Annual report on the lock hospitals of the Madras Presidency
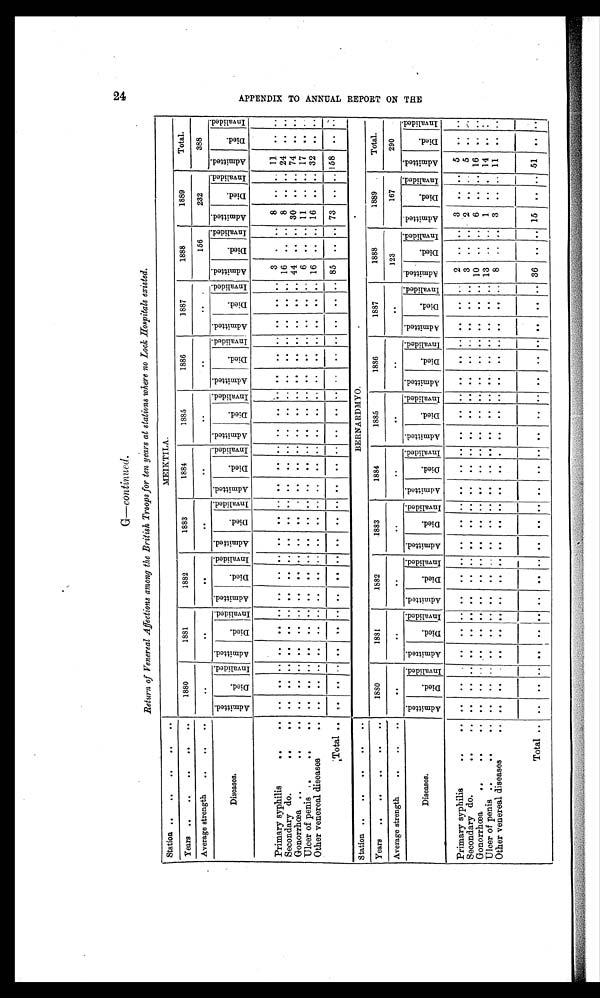
G—continued.
Return of Venereal Affections among the British Troops for ten years at stations where no Lock Hospitals existed.
Station . .
. .
. .
. .
. .
MEIKTILA.
Years
. .
. .
. .
. .
. .
1880
1881
1882
1883
1884
1885
1886
1 8 8 7
1888
1889
Total.
Average strength
. .
. .
. .
. .
. .
. .
. .
. .
. .
. .
..
156
232
388
Diseases.
Admi t t ed.
D i e d .
I nval i ded. Admi t t ed.
Di ed.
I n v a l i d e d . A d m i t t e d .
D i e d .
I n v a l i d e d .
A d m i t t e d .
D i e d .
I nval i ded. Admi t t ed.
Di ed.
I n v a l i d e d . A d m i t t e d .
D i e d
I nval i ded.
Admitted.
D i e d .
I n v a l i d e d .
A d m i t t e d .
D i e d .
I n v a l i d e d . A d m i t t e d
Di ed.
i nval i ded. Ad mi t t e d .
D i e d .
I nval i ded. A d m i t t e d .
D i e d .
I n v a l i d e d .
P r i m a r y s y p h i l i s
..
. .
. .
. . ..
. .
..
..
. .
. . ..
. .
.. ..
. .
. . ..
..
..
..
..
..
..
. .
..
..
3
. ..
8
. . ..
11
. .
. .
Secondary do.
..
. .
. .
. . ..
. .
..
..
. .
..
..
. .
. .
..
..
..
..
..
..
..
..
..
..
. .
..
..
1 6
. . ..
8
. . ..
24
. .
. .
Gonorrhœa
..
..
. .
. .
. . ..
. .
. . ..
. .
. . ..
. .
..
. .
. .
. . ..
. .
. .
. . ..
. . ..
. .
. . ..
44
.. ..
30
. . .. 74
..
..
Ulcer of penis
. . . .
..
..
..
..
. .
..
..
. .
..
..
. .
. . ..
..
..
..
..
..
..
..
..
..
. .
..
6
. . ..
11
. . ..
17
. .
. .
Other venereal diseases
. .
. .
. . ..
..
..
..
. .
..
..
. .
„
..
..
..
..
. .
„
..
..
. .
..
. . .
..
..
16
. . ..
16
. . ..
32
. .
. .
Total
. .
. .
. . .. ..
. . ..
. .
. . ..
. .
.. .. ..
..
..
. .
. . ..
..
. .
..
. .
. .
. . 85
. . ..
73
. . .. 158
. .
. .
Station
. .
. .
..
. .
. .
. .
BERNARDMYO.
Years
. .
. .
..
. .
. .
. .
1880
1881
1882
1883
1884
1885
1886
1887
1888
1889
Total.
Average strength
. .
. .
. .
. .
. .
. .
. .
. .
. .
. .
. .
123
167
290
Diseases.
Admi t t ed.
D i e d .
I n v a l i d e d .
Admi t t ed.
D i e d .
I n v a l i d e d .
Admi t t ed.
Di ed.
I n v a l i d e d .
A d m i t t e d .
D i e d .
I n v a l i d e d . Admi t t ed.
Di ed.
I n v a l i d e d .
A d m i t t e d .
D i e d .
I n v a l i d e d . Ad mi t t e d .
Died.
I n v a l i d e d .
A d m i t t e d .
Di ed.
I n v a l i d e d .
A d m i t t e d .
Di ed.
I n v a l i d e d . Admi t t ed.
Di ed.
I n v a l i d e d .
A d m i t t e d .
D i e d . I n v a l i d e d .
Primary syphilis
..
. . ..
. .
..
..
..
.. ..
..
. ..
. .
..
..
..
..
..
..
..
..
..
..
..
..
..
..
2 ..
..
3
..
..
5
. . . .
S econdary do.
..
..
..
..
..
..
..
.. ..
..
..
. .
..
..
..
..
..
. .
..
..
..
..
..
. .
..
. .
3 ..
..
2
. . ..
5
. .
. .
Gonorrhœa
. .
..
. . ..
..
.. ..
..
.. ..
..
.. . .
.. ..
..
..
..
..
..
..
..
..
..
..
..
..
10 ..
..
6
. .
.. 16
. .
. .
Ul cer of penis
. .
..
. . ..
..
.. ..
..
.. ..
..
..
. .
. .
.. ..
..
..
..
..
..
..
..
..
..
..
..
13
..
..
1
. . .. 14
. .
. .
O ther venereal diseases
. . ..
..
..
..
..
..
..
..
..
. .
..
..
..
..
..
..
. . . . ..
. . ..
. .
..
..
8
..
..
3
. .
.. 11
. .
. .
Total
. . ..
..
.. ..
..
..
..
..
..
. .
.. ..
..
..
..
. .
..
..
..
..
..
. .
..
.. 36 ..
.. 15 ..
. .
51
. .
A P P E N D I X T O A N N U A L R E P O R T O N T H E